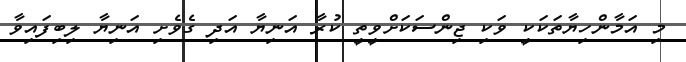
މި އަމާންހިޔާތަކަކީ ވަކި ޖިންސަކަށްވީތީ ކުރާ އަނިޔާ އަދި ގެވެށި އަނިޔާ ލިބިފައިވާ